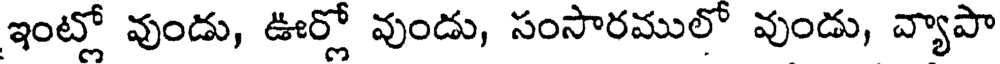
ఇంట్లో వుండు, ఊర్లో వుండు, సంసారములో వుండు, వ్యాపా